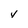
Character: v